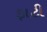
ફાટી